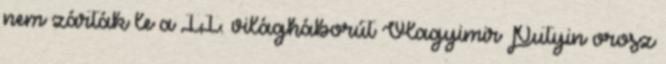
nem zárták le a II. világháborút Vlagyimir Putyin orosz